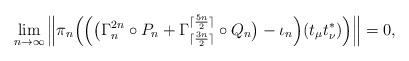
LaTeX: \begin{align*}\lim_{n \to \infty} \Big\| \pi_{n}\Big(\Big(\big(\Gamma_{n}^{2n} \circ P_n + \Gamma_{\lceil \frac{3n}{2} \rceil}^{\lceil \frac{5n}{2} \rceil} \circ Q_n\big) - \iota_{n}\Big) (t_{\mu} t_{\nu}^{*})\Big)\Big\| = 0,\end{align*}